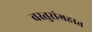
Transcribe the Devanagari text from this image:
वस्तुसंग्रहात